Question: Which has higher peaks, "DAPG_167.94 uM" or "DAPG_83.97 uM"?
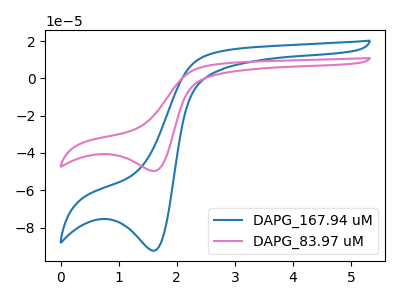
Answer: <think>The blue curve "DAPG_167.94 uM" has a cathodic peak at: (1.60V, -92.40uA). The pink curve "DAPG_83.97 uM" has a cathodic peak at: (1.60V, -49.70uA).</think>
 <answer>Every peak in "DAPG_167.94 uM" is higher than every peak in "DAPG_83.97 uM".</answer>
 <eval>higher</eval>